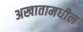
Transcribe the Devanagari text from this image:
अखातामधील